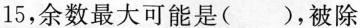
15，余数最大可能是( )，被除